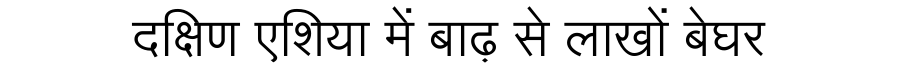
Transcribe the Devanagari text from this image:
दक्षिण एशिया में बाढ़ से लाखों बेघर